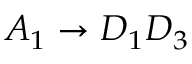
A _ { 1 } \rightarrow D _ { 1 } D _ { 3 }